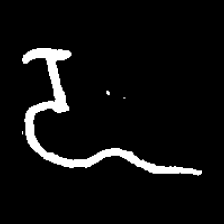
Pyu character \u2014 Myanmar letter: ဍ (romanized: dda)